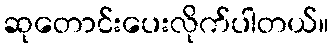
ဆုတောင်းပေးလိုက်ပါတယ်။